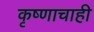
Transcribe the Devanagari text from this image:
कृष्णाचाही